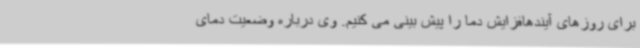
برای روزهای آیندهافزایش دما را پیش بینی می کنیم. وی درباره وضعیت دمای